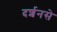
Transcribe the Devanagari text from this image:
दर्शनसे